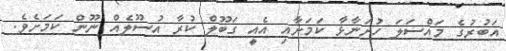
އަބުރުގެ މައްސަލަ ހުށަނާޅާ ކަމަށާއި އެއީ ގަބޫލް ކުރާ އުސޫލެއް ނޫން ކަމަށެވެ.